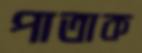
পাতাক